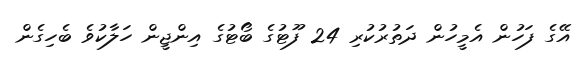
އޭގެ ފަހުން އެމީހުން ދަތުރުކުރި 24 ފޫޓުގެ ބޯޓުގެ އިންޖީން ހަލާކުވެ ބެހިގެން